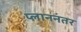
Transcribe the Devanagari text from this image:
प्लाननंतर